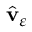
\hat { \mathbf v } _ { \varepsilon }